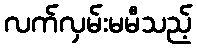
လက်လှမ်းမမီသည့်